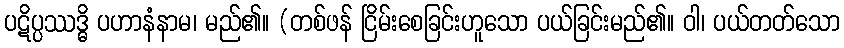
ပဋိပ္ပဿဒ္ဓိ ပဟာနံနာမ၊ မည်၏။ (တစ်ဖန် ငြိမ်းစေခြင်းဟူသော ပယ်ခြင်းမည်၏။ ဝါ၊ ပယ်တတ်သော